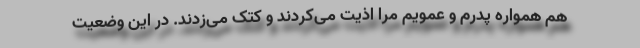
هم همواره پدرم و عمویم مرا اذیت می‌کردند و کتک می‌زدند. در این وضعیت